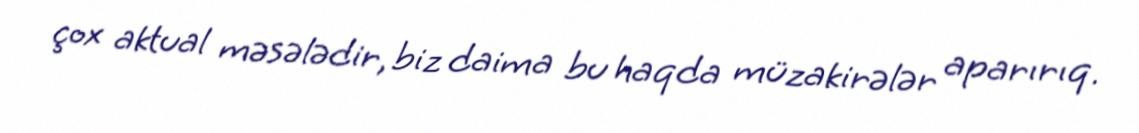
çox aktual məsələdir, biz daima bu haqda müzakirələr aparırıq.